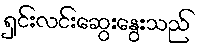
ရှင်းလင်းဆွေးနွေးသည်